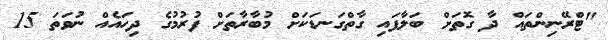
"ޓްރޭނިންތައް ދާ ގޮތަށް ބަލާފައި ގާތްގަނޑަކަށް މުބާރާތަށް ފުރުމުގެ ދިހައެއް ނުވަތަ 15